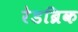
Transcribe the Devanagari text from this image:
रेडब्रिक